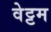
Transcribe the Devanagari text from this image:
वेट्टम